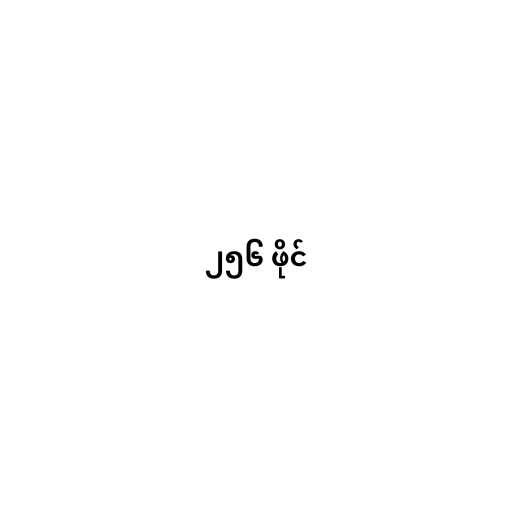
၂၅၆ ဖိုင်